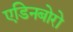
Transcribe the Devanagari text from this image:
एडिनबोरो